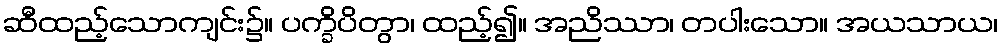
ဆီထည့်သောကျင်း၌။ ပက္ခိပိတွာ၊ ထည့်၍။ အညိဿာ၊ တပါးသော။ အယသာယ၊